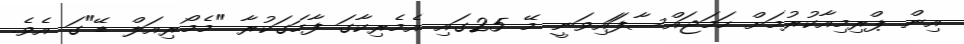
އިން ޕްރިމިއާކުރުމަށް ހަމަޖައްސާފަައިވަނީ މޭ 25ގައި އެމެރިކާގަ ފާހަގަކުރާ "މެމޯރިއަލް ޑޭ"ގަ އެވެ.